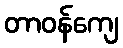
တာဝန်ကျေ